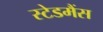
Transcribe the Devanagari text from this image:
स्टेडमैंस